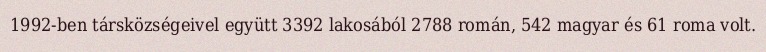
1992-ben társközségeivel együtt 3392 lakosából 2788 román, 542 magyar és 61 roma volt.